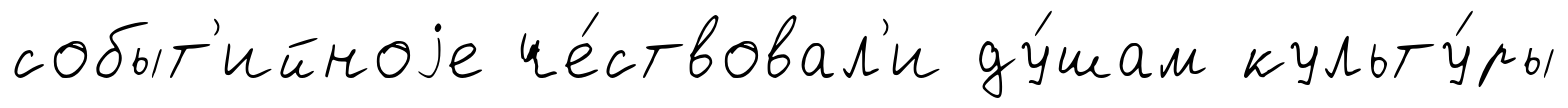
событ'ийноjе че́ствовал'и ду́шам культу́ры